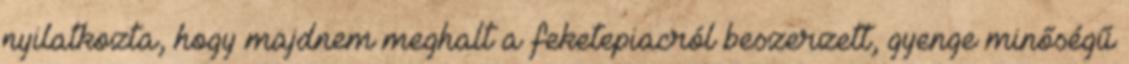
nyilatkozta, hogy majdnem meghalt a feketepiacról beszerzett, gyenge minőségű